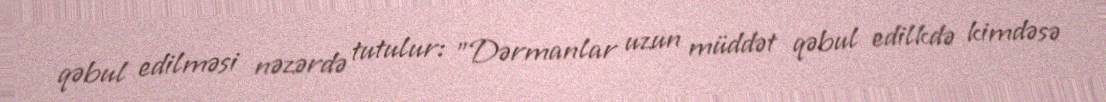
qəbul edilməsi nəzərdə tutulur: "Dərmanlar uzun müddət qəbul edilkdə kimdəsə